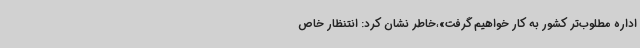
اداره مطلوب‌تر کشور به کار خواهیم گرفت»،‌خاطر نشان کرد: انتنظار خاص